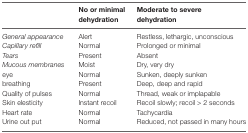
|  | No or minimal dehydration | Moderate to severe dehydration |
 | --- | --- | --- |
 | General appearance | Alert | Restless, lethargic, unconscious |
 | Capillary refill | Normal | Prolonged or minimal |
 | Tears | Present | Absent |
 | Mucous membranes | Moist | Dry, very dry |
 | eye | Normal | Sunken, deeply sunken |
 | breathing | Present | Deep, deep and rapid |
 | Quality of pulses | Normal | Thread, weak or implapable |
 | Skin elesticity | Instant recoil | Recoil slowly; recoil > 2 seconds |
 | Heart rate | Normal | Tachycardia |
 | Urine out put | Normal | Reduced, not passed in many hours |